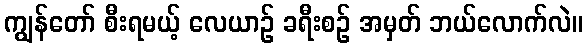
ကျွန်တော် စီးရမယ့် လေယာဉ် ခရီးစဉ် အမှတ် ဘယ်လောက်လဲ။